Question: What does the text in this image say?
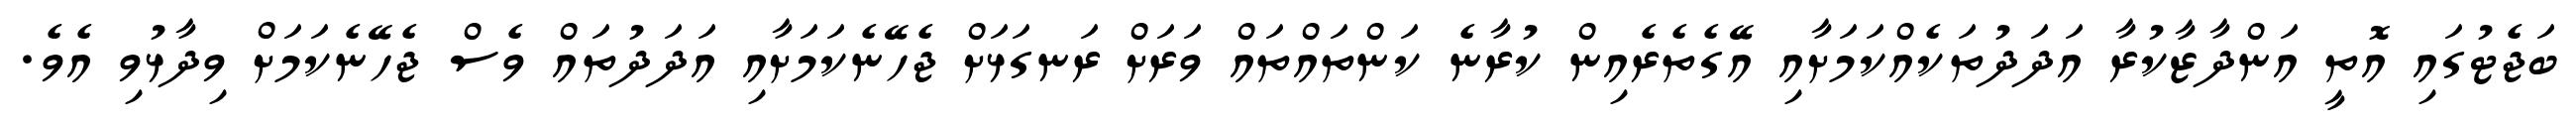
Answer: ބަޖެޓުގައި އޮތީ އަންދާޒާކުރާ އަދަދުތަކެއްކަމަށާއި އޭގެތެރެއިން ކުރާނެ ކަންތައްތައް ވަރަށް ރަނގަޅަށް ޖެހޭނެކަމަށާއި އަދަދުތައް ވެސް ޖެހޭނެކަމަށް ވިދާޅުވި އެވެ.